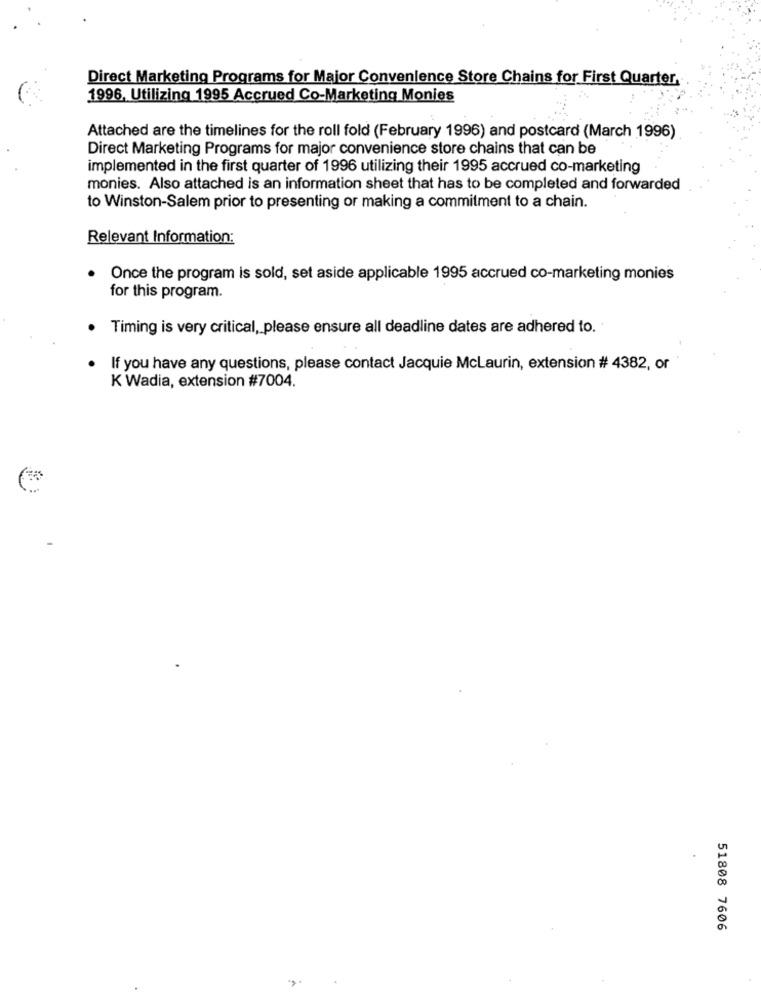
Direct Marketing Programs for Major Convenience Store Chains for First Quarter,
1996, Utilizing 1995 Accrued Co-Marketing Monies
Attached are the timelines for the roll fold (February 1996) and postcard (March 1996)
Direct Marketing Programs for major convenience store chains that can be
implemented in the first quarter of 1996 utilizing their 1995 accrued co-marketing
monies. Also attached is an information sheet that has to be completed and forwarded
to Winston-Salem prior to presenting or making a commitment to a chain.
Relevant Information:
Once the program is sold, set aside applicable 1995 accrued co-marketing monies
for this program.
Timing is very critical, please ensure all deadline dates are adhered to.
If you have any questions, please contact Jacquie McLaurin, extension # 4382, or
K Wadia, extension #7004.
51808 7606